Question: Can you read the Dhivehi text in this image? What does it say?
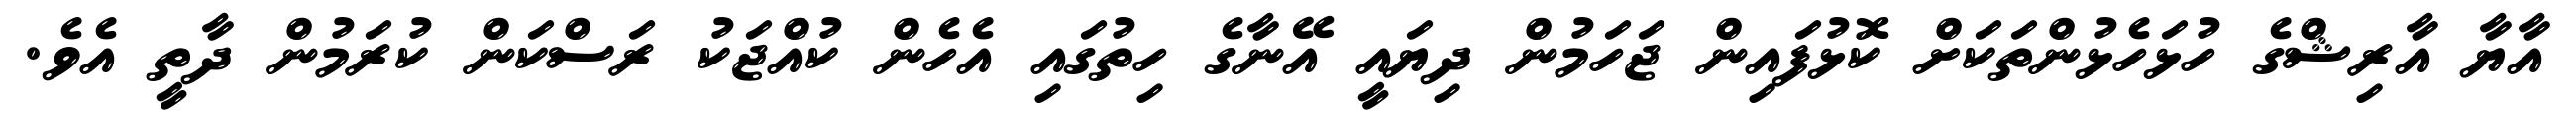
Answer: އާޔާ އާރިޝްގެ ހުޅަހެޅުންތަކަށް ކޮޅުފައިން ޖަހަމުން ދިޔައީ އޭނާގެ ހިތުގައި އެހެން ކުއްޖަކު ރަސްކަން ކުރަމުން ދާތީ އެވެ.